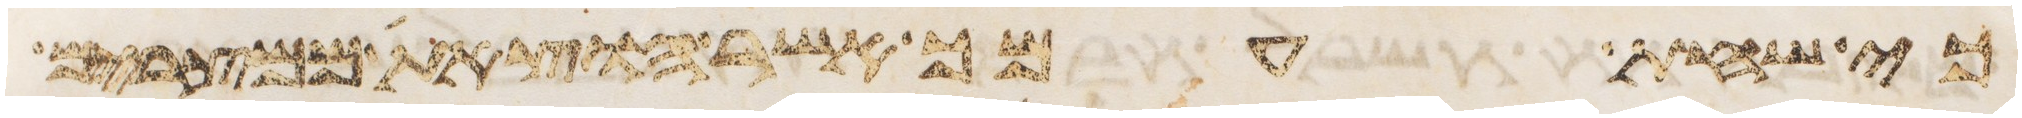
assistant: כי שחת עמך אשר הוצאת ממצרים